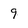
Character: 9